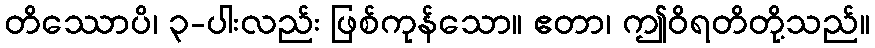
တိဿောပိ၊ ၃-ပါးလည်း ဖြစ်ကုန်သော။ ဧတာ၊ ဤဝိရတိတို့သည်။